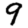
Digit: 9